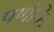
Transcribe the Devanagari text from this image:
पर्णचित्र